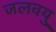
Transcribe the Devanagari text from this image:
जलवयु